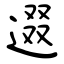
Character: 逫